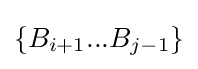
\{B_{i+1}...B_{j-1}\}